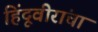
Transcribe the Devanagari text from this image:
हिंदूवीरांचा